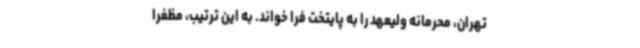
تهران، محرمانه ولیعهد را به پایتخت فرا خواند. به این ترتیب، مظفرا